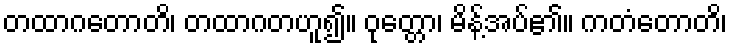
တထာဂတောတိ၊ တထာဂတဟူ၍။ ဝုတ္တော၊ မိန့်အပ်၏။ ကတံတောတိ၊